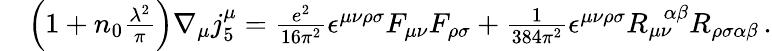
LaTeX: \begin{array}{rl}&{\left(1+n_{0}\frac{\lambda^{2}}{\pi}\right)\nabla_{\mu}j_{5}^{\mu}=\frac{e^{2}}{16\pi^{2}}\epsilon^{\mu\nu\rho\sigma}F_{\mu\nu}F_{\rho\sigma}+\frac{1}{384\pi^{2}}\epsilon^{\mu\nu\rho\sigma}R_{\mu\nu}^{\ \ \ \alpha\beta}R_{\rho\sigma\alpha\beta}\, .}\end{array}